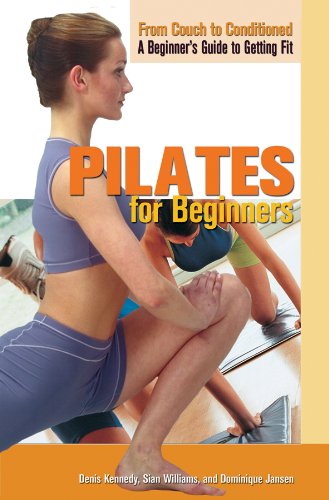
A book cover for Pilates for Beginners (From Couch to Conditioned: A Beginner's Guide to Getting Fit); Denis Kennedy; Teen & Young Adult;